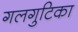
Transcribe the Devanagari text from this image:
गलगुटिका